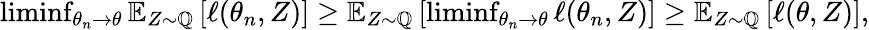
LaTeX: \begin{array}{r}{\operatorname*{liminf}_{\theta_{n}\rightarrow\theta}\mathbb E_{Z\sim\mathbb Q}\left[\ell(\theta_{n},Z)\right]\geq\mathbb E_{Z\sim\mathbb Q}\left[\operatorname*{liminf}_{\theta_{n}\rightarrow\theta}\ell(\theta_{n},Z)\right]\geq\mathbb E_{Z\sim\mathbb Q}\left[\ell(\theta,Z)\right],}\end{array}